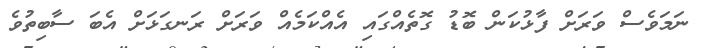
ނަމަވެސް ވަރަށް ފާޅުކަން ބޮޑު ގޮތެއްގައި އެއްކަމެއް ވަރަށް ރަނގަޅަށް އެބަ ސާބިތުވެ